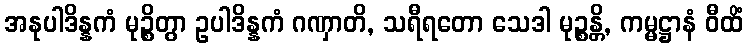
အနုပါဒိန္နကံ မုဉ္စိတွာ ဥပါဒိန္နကံ ဂဏှာတိ, သရီရတော သေဒါ မုဉ္စန္တိ, ကမ္မဋ္ဌာနံ ဝီထိံ